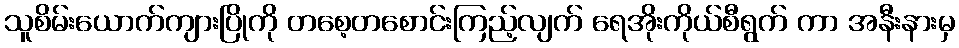
သူစိမ်းယောက်ကျားပြိုကို တစေ့တစောင်းကြည့်လျက် ရေအိုးကိုယ်စီရွက် ကာ အနီးနားမှ